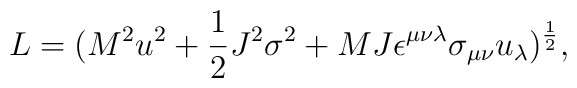
L = (M^2 u^2 + {1\over 2}J^2 \sigma^2 + MJ\epsilon^{\mu\nu\lambda}\sigma_{\mu\nu}u_\lambda )^{1\over 2},